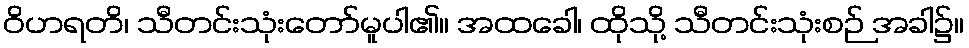
ဝိဟရတိ၊ သီတင်းသုံးတော်မူပါ၏။ အထခေါ၊ ထိုသို့ သီတင်းသုံးစဉ် အခါ၌။